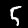
Label: 5